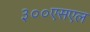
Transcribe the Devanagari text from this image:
३००एसएल